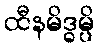
ထီနမိဒ္ဓမ္ပိ